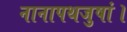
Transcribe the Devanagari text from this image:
नानापथजुषां।